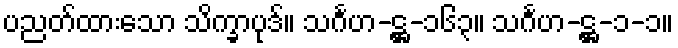
ပညတ်ထားသော သိက္ခာပုဒ်။ သင်္ဂဟ-ဋ္ဌ-၁၆၃။ သင်္ဂဟ-ဋ္ဌ-၁-၁။